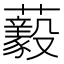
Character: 𧄘